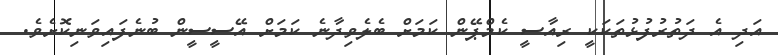
އަދި އެ ދަތުރުފުޅުތަކަކީ ރިއާސީ ކެމްޕޭން ކަމަށް ބެލެވިދާނެ ކަމަށް އޭސީސީން ބުނެފައިވަނިކޮށެވެ.